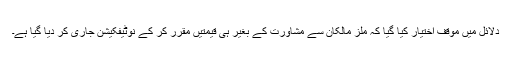
دلائل میں موقف اختیار کیا گیا کہ ملز مالکان سے مشاورت کے بغیر ہی قیمتیں مقرر کر کے نوٹیفکیشن جاری کر دیا گیا ہے۔